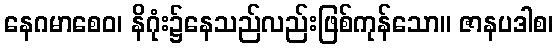
နေဂမာစေဝ၊ နိဂုံး၌နေသည်လည်းဖြစ်ကုန်သော။ ဇာနပဒါစ၊